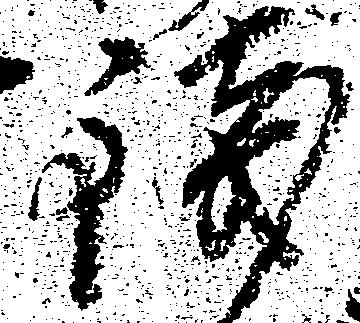
銭